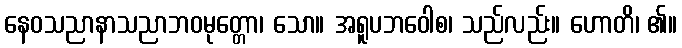
နေဝသညာနာသညာဘဝမုတ္တော၊ သော။ အရူပဘဝေါစ၊ သည်လည်း။ ဟောတိ၊ ၏။